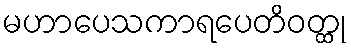
မဟာပေသကာရပေတိဝတ္ထု